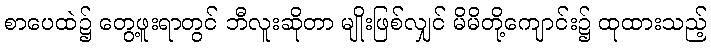
စာပေထဲ၌ တွေ့ဖူးရာတွင် ဘီလူးဆိုတာ မျိုးဖြစ်လျှင် မိမိတို့ကျောင်း၌ ထုထားသည့်